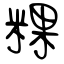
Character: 粿